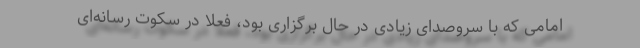
امامی که با سر‌‌و‌صدای زیادی در حال برگزاری بود، فعلا در سکوت رسانه‌ای